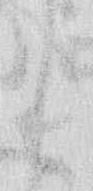
く